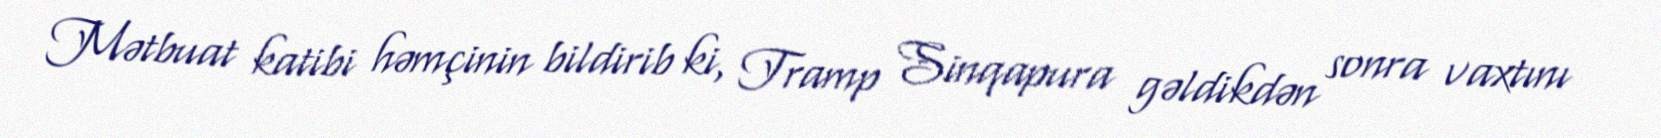
Mətbuat katibi həmçinin bildirib ki, Tramp Sinqapura gəldikdən sonra vaxtını